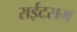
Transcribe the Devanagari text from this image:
राईटसम